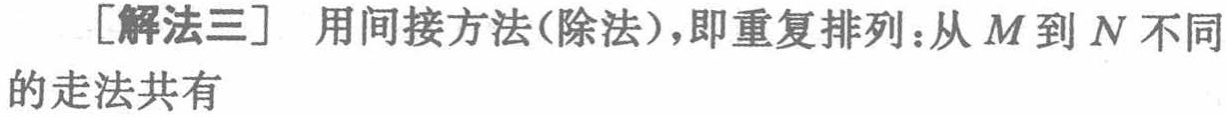
[解法三] 用间接方法(除法)，即重复排列：从 \(M\) 到 \(N\) 不同的走法共有